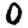
Digit: 0